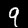
Digit: 9